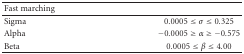
<table><thead><tr><td><b>Fast marching</b></td><td></td></tr></thead><tbody><tr><td>Sigma</td><td>0.0005 ≤ <i>σ</i> ≤ 0.325</td></tr><tr><td>Alpha</td><td> −0.0005 ≥ <i>α</i> ≥ −0.575</td></tr><tr><td>Beta</td><td>0.0005 ≤ <i>β</i> ≤ 4.00</td></tr></tbody></table>